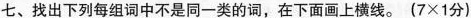
七、找出下列每组词中不是同一类的词，在下面画上横线。(7×1分)